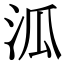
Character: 泒